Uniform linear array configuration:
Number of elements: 64
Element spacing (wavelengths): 0.25
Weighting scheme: cosine
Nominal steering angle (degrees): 0
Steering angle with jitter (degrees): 0.671
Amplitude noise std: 0.05
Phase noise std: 0.05

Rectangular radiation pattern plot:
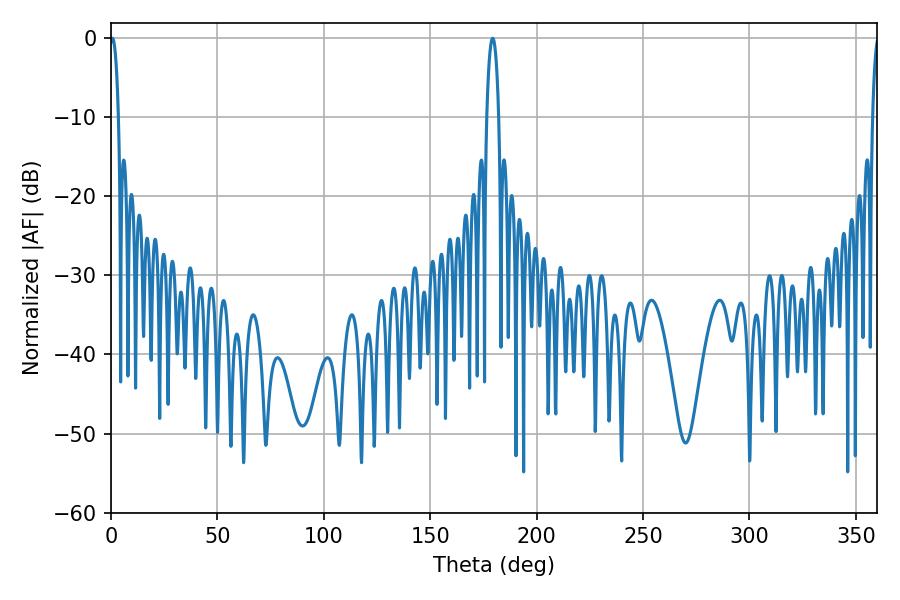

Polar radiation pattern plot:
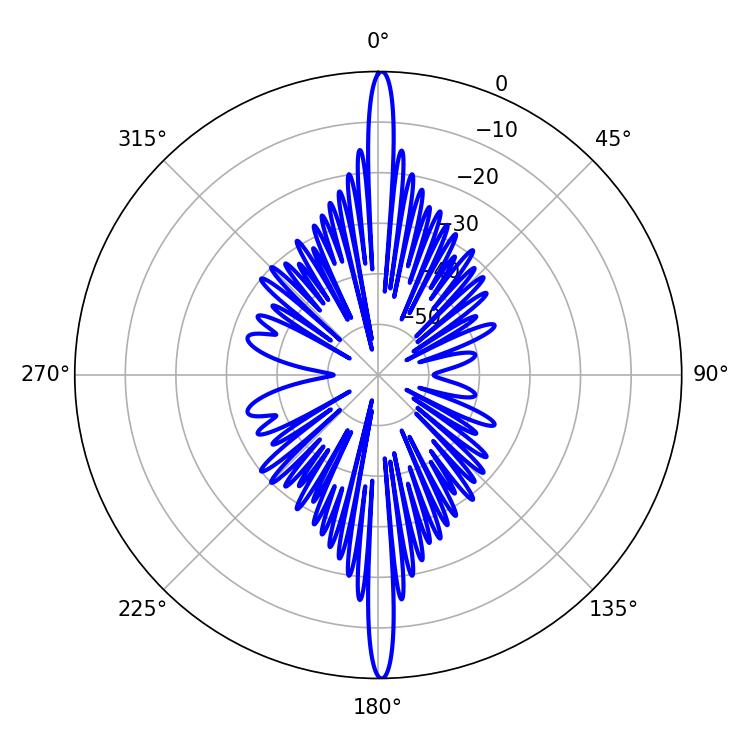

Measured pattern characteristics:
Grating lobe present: FALSE
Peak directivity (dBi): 31.871
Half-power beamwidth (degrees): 3.06
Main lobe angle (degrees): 179.28